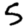
Digit: 5